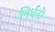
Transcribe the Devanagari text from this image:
निर्धनो